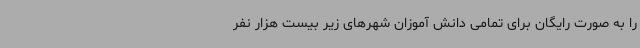
را به صورت رایگان برای تمامی دانش آموزان شهرهای زیر بیست هزار نفر